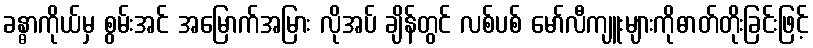
ခန္ဓာကိုယ်မှ စွမ်းအင် အမြောက်အမြား လိုအပ် ချိန်တွင် လစ်ပစ် မော်လီကျူးများကိုဓာတ်တိုးခြင်းဖြင့်